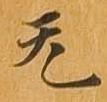
无